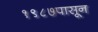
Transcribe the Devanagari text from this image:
१९८७पासून